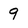
Character: 9